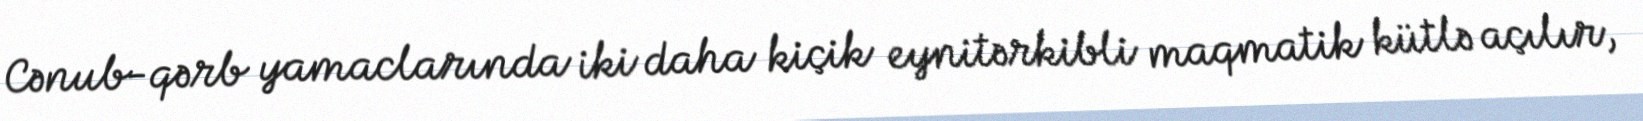
Cənub-qərb yamaclarında iki daha kiçik eynitərkibli maqmatik kütlə açılır,